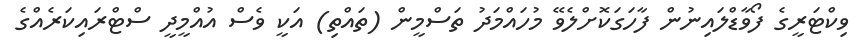
ވިކްޓަރީގެ ފޯވާޑްލައިނުން ފާހަގަކޮށްލެވޭ މުހައްމަދު ތަސްމީން (ތައްތި) އަކީ ވެސް އުއްމީދީ ސްޓްރައިކަރެއްގެ